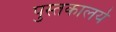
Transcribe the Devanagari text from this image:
पुस्तकालये